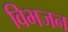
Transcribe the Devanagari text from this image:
विभजन